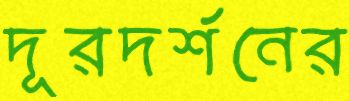
দূরদর্শনের